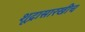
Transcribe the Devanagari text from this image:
शूद्रासारखीच